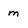
Character: m